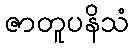
ဇာတူပနိသံ